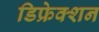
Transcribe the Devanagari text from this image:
डिफ्रेक्शन